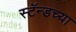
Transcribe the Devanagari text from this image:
स्टॅन्डच्या